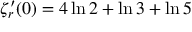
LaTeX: \zeta _ { r } ^ { \prime } ( 0 ) = 4 \ln 2 + \ln 3 + \ln 5